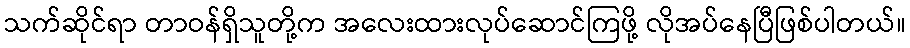
သက်ဆိုင်ရာ တာဝန်ရှိသူတို့က အလေးထားလုပ်ဆောင်ကြဖို့ လိုအပ်နေပြီဖြစ်ပါတယ်။